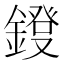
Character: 𨫁